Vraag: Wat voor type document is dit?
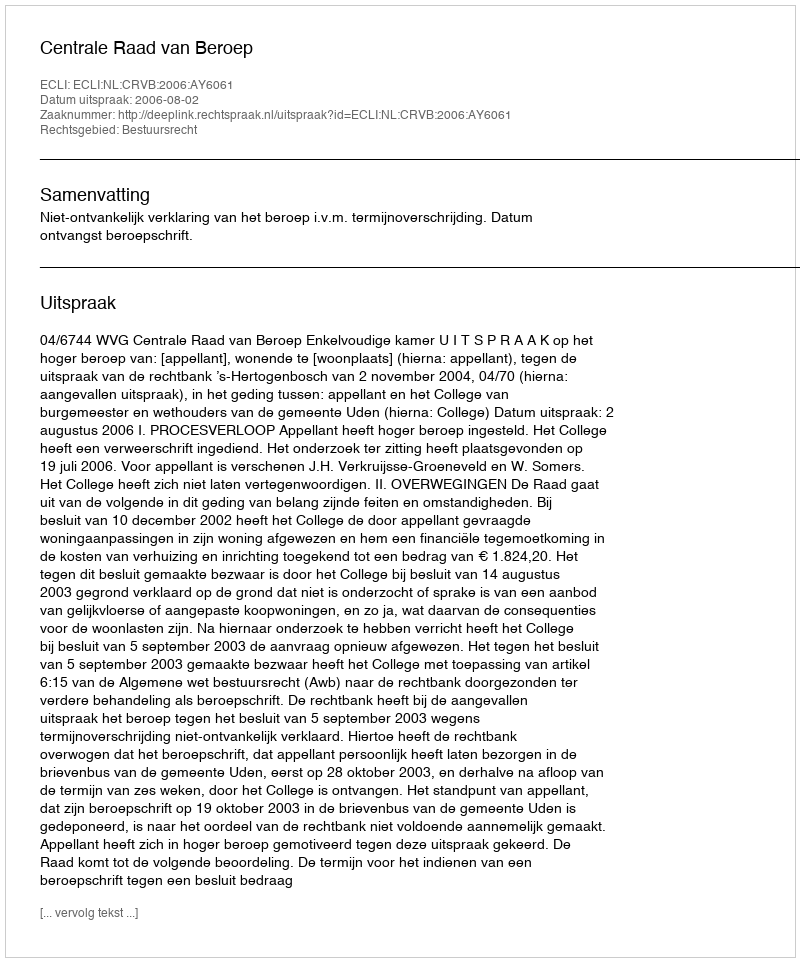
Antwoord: Uitspraak